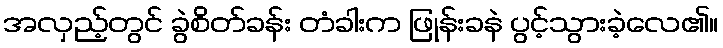
အလှည့်တွင် ခွဲစိတ်ခန်း တံခါးက ဖြုန်းခနဲ ပွင့်သွားခဲ့လေ၏။